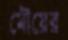
মৌয়ের